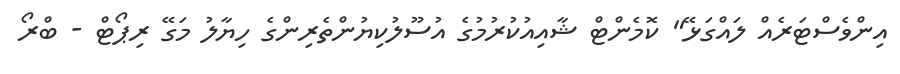
އިންވެސްޓަރެއް ލައްގަޅޭ" ކޮމެންޓް ޝާއިއުކުރުމުގެ އުސޫލުކިޔުންތެރިންގެ ހިޔާލު މަގޭ ރިޕޯޓް - ބްރޯ